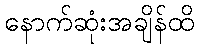
နောက်ဆုံးအချိန်ထိ